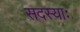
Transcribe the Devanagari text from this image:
सदस्याः